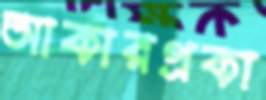
আকারপ্রকা